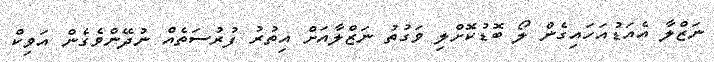
ނަޒްލާ އެއަޑުއަހައިގެން ލޯ ބޮޑުކޮށްލި ވަގުތު ނަޒްލާއަށް އިތުރު ފުރުސަތެއް ނުދޭންވެގެން އަވިކް